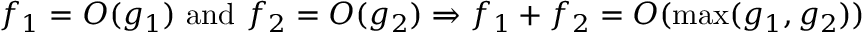
f _ { 1 } = O ( g _ { 1 } ) { \mathrm { ~ a n d ~ } } f _ { 2 } = O ( g _ { 2 } ) \Rightarrow f _ { 1 } + f _ { 2 } = O ( \operatorname* { m a x } ( g _ { 1 } , g _ { 2 } ) )